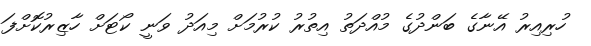
ހުރިއިރު އޭނާގެ ބަންދުގެ މުއްދަތު އިތުރު ކުރުމަށް މިއަދު ވަނީ ކޯޓަށް ހާޒިރުކޮށްފަ